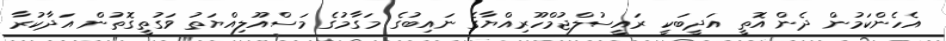
އެހެންކަމުން ދެން އޮތީ އަދީބަކީ ރައީސުލްޖުމްހޫރިއްޔާގެ ނައިބުގެ މަގާމުގެ މަސްއޫލިއްޔަތު ވަގުތީގޮތުން އަދާކުރާ